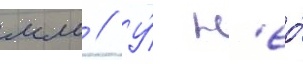
мм // У́ н'ео́